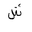
Letter: _shin